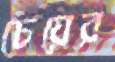
চেয়ের